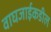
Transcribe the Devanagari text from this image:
वाघजाईकडील